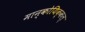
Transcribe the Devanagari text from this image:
मान्कोयिक्कल्